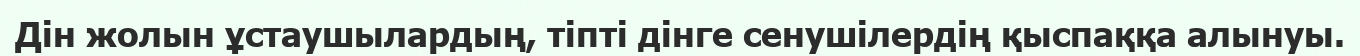
Дін жолын ұстаушылардың, тіпті дінге сенушілердің қыспаққа алынуы.